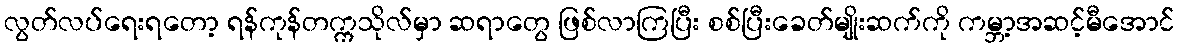
လွတ်လပ်ရေးရတော့ ရန်ကုန်တက္ကသိုလ်မှာ ဆရာတွေ ဖြစ်လာကြပြီး စစ်ပြီးခေတ်မျိုးဆက်ကို ကမ္ဘာ့အဆင့်မီအောင်